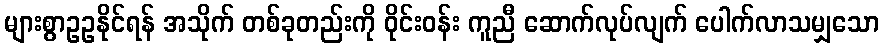
များစွာဥဥနိုင်ရန် အသိုက် တစ်ခုတည်းကို ဝိုင်းဝန်း ကူညီ ဆောက်လုပ်လျက် ပေါက်လာသမျှသော